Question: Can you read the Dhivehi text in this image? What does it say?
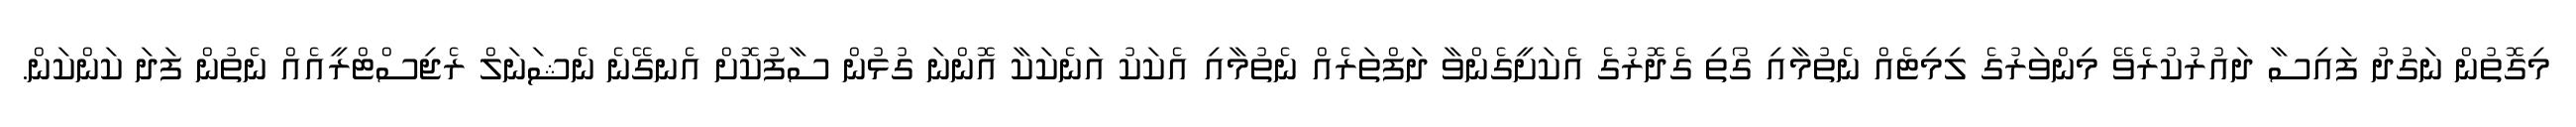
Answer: މިގޮތުން ނަގުދު ފައިސާ ދައުރުކުރެވޭ މިންވަރުގެ ލިމިޓެއް ނެތުމާއި ގޯތި ގެދޮރުގެ އެކަށީގެންވާ ދަފްތަރެއް ނެތުމާއި އެކަކު އަނެކަކާ އޮންނަ ގުޅުން ސާފުކޮށް އެނގޭނެ ނެޝަނަލް ރެޖިސްޓްރީއެއް ނެތުން ފަދަ ކަންކަން.